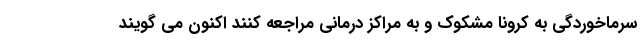
سرماخوردگی به کرونا مشکوک و به مراکز درمانی مراجعه کنند اکنون می گویند